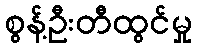
စွန့်ဦးတီထွင်မှု